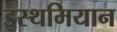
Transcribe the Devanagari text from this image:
इस्थमियान